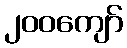
၂၀၀ကျော်